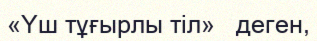
«Үш тұғырлы тіл»   деген,